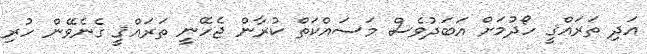
އަދި ތަރައްޤީ ހޯދުމަށް އަބަދުވެސް މަސައްކަތް ކުރާން ޖެހޭނީ ތަރައްޤީ ގެނެވޭން ހުރި